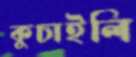
কুচাইলি